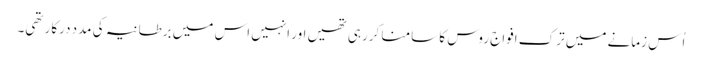
اُس زمانے میں ترک افواج روس کا سامنا کررہی تھیں اور انہیں اس میں برطانیہ کی مدد درکار تھی۔